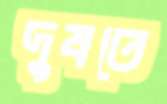
দুষতে